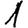
Digit: 1